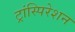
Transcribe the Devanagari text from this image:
ट्रांस्पिरेशन